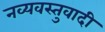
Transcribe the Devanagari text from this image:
नव्यवस्तुवादी